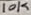
Text: 10K